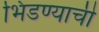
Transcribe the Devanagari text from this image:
भिडण्याची